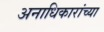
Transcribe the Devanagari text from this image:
अनाधिकारांच्या